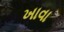
ખાવા